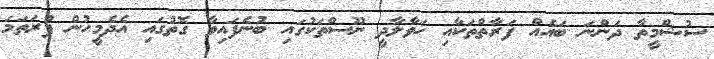
ސުޝްމީތާ ދަންނަ ބައެއް ފަރާތްތަކާއި ހަވާލާދީ ނޫސްތަކުގައި ބުނެފައިވާ ގޮތުގައި އެދެމީހުން ފުރަތަމަ